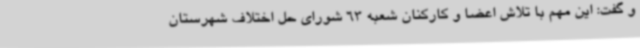
و گفت: این مهم با تلاش اعضا و کارکنان شعبه 63 شورای حل اختلاف شهرستان